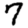
Digit: 7